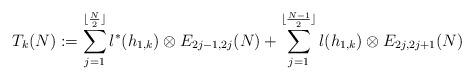
LaTeX: \begin{align*}T_k(N) := \sum^{\lfloor \frac{N}{2} \rfloor}_{j=1} l^*(h_{1,k}) \otimes E_{2j-1, 2j}(N) + \sum^{\lfloor \frac{N-1}{2} \rfloor }_{j=1} l(h_{1,k}) \otimes E_{2j, 2j+1}(N)\end{align*}